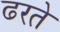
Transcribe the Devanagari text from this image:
ढरते